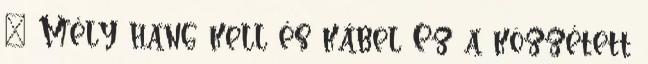
← Mély hang kell és kábel Ez a közzétett